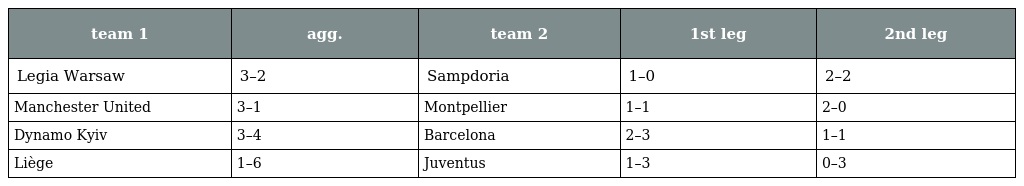
| team 1 | agg. | team 2 | 1st leg | 2nd leg |
 | --- | --- | --- | --- | --- |
 | Legia Warsaw | 3–2 | Sampdoria | 1–0 | 2–2 |
 | Manchester United | 3–1 | Montpellier | 1–1 | 2–0 |
 | Dynamo Kyiv | 3–4 | Barcelona | 2–3 | 1–1 |
 | Liège | 1–6 | Juventus | 1–3 | 0–3 |